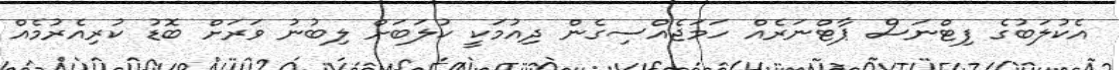
އެކުލަބުގެ ފިޓްނަސް ޕާޓްނަރެއް ހަމަޖެއްސިގެން ދިއުމަކީ ކުލަބަށް ލިބުނު ވަރަށް ބޮޑު ކުރިއެރުމެއް